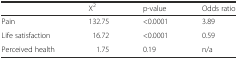
<table><thead><tr><td></td><td><b>X<sup>2</sup></b></td><td><b>p-value</b></td><td><b>Odds ratio</b></td></tr></thead><tbody><tr><td>Pain</td><td>132.75</td><td>&lt;0.0001</td><td>3.89</td></tr><tr><td>Life satisfaction</td><td>16.72</td><td>&lt;0.0001</td><td>0.59</td></tr><tr><td>Perceived health</td><td>1.75</td><td>0.19</td><td>n/a</td></tr></tbody></table>